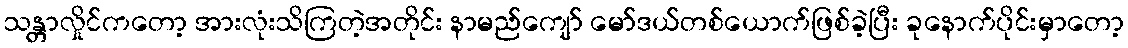
သန္တာလှိုင်ကတော့ အားလုံးသိကြတဲ့အတိုင်း နာမည်ကျော် မော်ဒယ်တစ်ယောက်ဖြစ်ခဲ့ပြီး ခုနောက်ပိုင်းမှာတော့